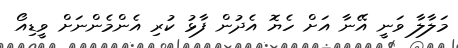
މަލާލާ ވަނީ އޭނާ އަށް ހެޔޮ އެދުން ފާޅު ކުރި އެންމެންނަށް ވީޑިއޯ